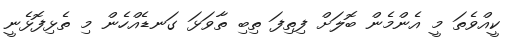
ކީއްވެތަ މީ އެންމެން ބޮލަށް ފިތިފަ ތިބި ތާވަޅަ ގަނޑެއްހެން މި ތެޅިފޮޅެނީ